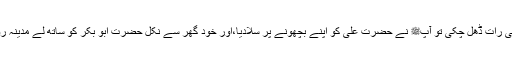
پھر جب آدھی رات ڈھل چکی تو آپﷺ نے حضرت علیؓ کو اپنے بچھونے پر سلادیا،اور خود گھر سے نکل حضرت ابو بکرؓ کو ساتھ لے مدینہ روانہ ہوگئے۔